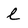
Character: l